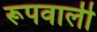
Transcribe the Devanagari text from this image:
रूपवाली